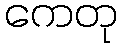
ကေတု